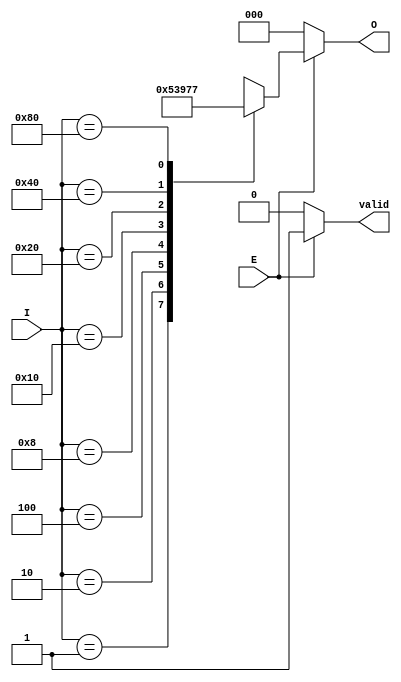
module octal_to_binary_encoder (
    input wire [7:0] I,    // 8 input lines (I0 to I7)
    input wire E,          // Enable signal
    output reg [2:0] O,    // 3-bit binary output (O2, O1, O0)
    output reg valid        // Output valid signal
);

    always @(*) begin
        if (E) begin
            valid = 1; // Output is valid when enabled
            case (I)
                8'b00000001: O = 3'b000; // I0 is high
                8'b00000010: O = 3'b001; // I1 is high
                8'b00000100: O = 3'b010; // I2 is high
                8'b00001000: O = 3'b011; // I3 is high
                8'b00010000: O = 3'b100; // I4 is high
                8'b00100000: O = 3'b101; // I5 is high
                8'b01000000: O = 3'b110; // I6 is high
                8'b10000000: O = 3'b111; // I7 is high
                default: O = 3'bxxx; // Undefined state for multiple inputs
            endcase
        end else begin
            valid = 0; // Output is not valid when disabled
            O = 3'b000; // Can be set to a defined state (e.g., 000)
        end
    end

endmodule